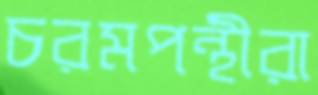
চরমপন্থীরা